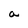
Character: a